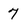
Character: 7